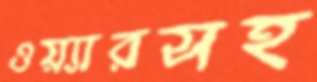
ওয়্যারসহ